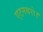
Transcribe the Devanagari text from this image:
एटनबरो।